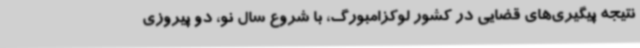
نتیجه پیگیری‌های قضایی در کشور لوکزامبورگ، با شروع سال نو، دو پیروزی